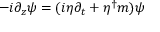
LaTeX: \begin{array} { r } { - i \partial _ { z } \psi = ( i \eta \partial _ { t } + \eta ^ { \dagger } m ) \psi } \end{array}